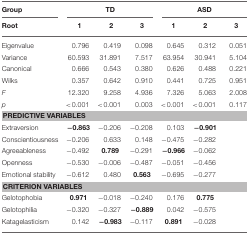
<table><thead><tr><td><b>Group</b></td><td colspan="3"><b>TD</b></td><td colspan="3"><b>ASD</b></td></tr><tr><td><b>Root</b></td><td><b>1</b></td><td><b>2</b></td><td><b>3</b></td><td><b>1</b></td><td><b>2</b></td><td><b>3</b></td></tr></thead><tbody><tr><td>Eigenvalue</td><td>0.796</td><td>0.419</td><td>0.098</td><td>0.645</td><td>0.312</td><td>0.051</td></tr><tr><td>Variance</td><td>60.593</td><td>31.891</td><td>7.517</td><td>63.954</td><td>30.941</td><td>5.104</td></tr><tr><td>Canonical</td><td>0.666</td><td>0.543</td><td>0.380</td><td>0.626</td><td>0.488</td><td>0.221</td></tr><tr><td>Wilks</td><td>0.357</td><td>0.642</td><td>0.910</td><td>0.441</td><td>0.725</td><td>0.951</td></tr><tr><td><i>F</i></td><td>12.320</td><td>9.258</td><td>4.936</td><td>7.326</td><td>5.063</td><td>2.008</td></tr><tr><td><i>p</i></td><td>&lt;0.001</td><td>&lt;0.001</td><td>0.003</td><td>&lt;0.001</td><td>&lt;0.001</td><td>0.117</td></tr><tr><td colspan="7"><b>PREDICTIVE VARIABLES</b></td></tr><tr><td>Extraversion</td><td><b>−0.863</b></td><td>−0.206</td><td>−0.208</td><td>0.103</td><td><b>−0.901</b></td><td></td></tr><tr><td>Conscientiousness</td><td>−0.206</td><td>0.633</td><td>0.148</td><td>−0.475</td><td>−0.282</td><td></td></tr><tr><td>Agreeableness</td><td>−0.492</td><td><b>0.789</b></td><td>−0.291</td><td><b>−0.966</b></td><td>−0.062</td><td></td></tr><tr><td>Openness</td><td>−0.530</td><td>−0.006</td><td>−0.487</td><td>−0.051</td><td>−0.456</td><td></td></tr><tr><td>Emotional stability</td><td>−0.612</td><td>0.480</td><td><b>0.563</b></td><td>−0.695</td><td>−0.277</td><td></td></tr><tr><td colspan="7"><b>CRITERION VARIABLES</b></td></tr><tr><td>Gelotophobia</td><td><b>0.971</b></td><td>−0.018</td><td>−0.240</td><td>0.176</td><td><b>0.775</b></td><td></td></tr><tr><td>Gelotophilia</td><td>−0.320</td><td>−0.327</td><td><b>−0.889</b></td><td>0.042</td><td>−0.575</td><td></td></tr><tr><td>Katagelasticism</td><td>0.142</td><td><b>−0.983</b></td><td>−0.117</td><td><b>0.891</b></td><td>−0.028</td><td></td></tr></tbody></table>